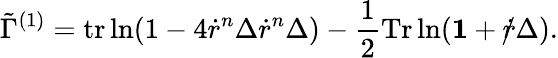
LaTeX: \tilde{\Gamma}^{(1)}=\mathrm{tr}\ln(1-4\dot{r}^{n}\Delta\dot{r}^{n}\Delta)-\frac{1}{2}\mathrm{Tr}\ln({\mathbf 1}+\dot{r}\! \! \! /\Delta).